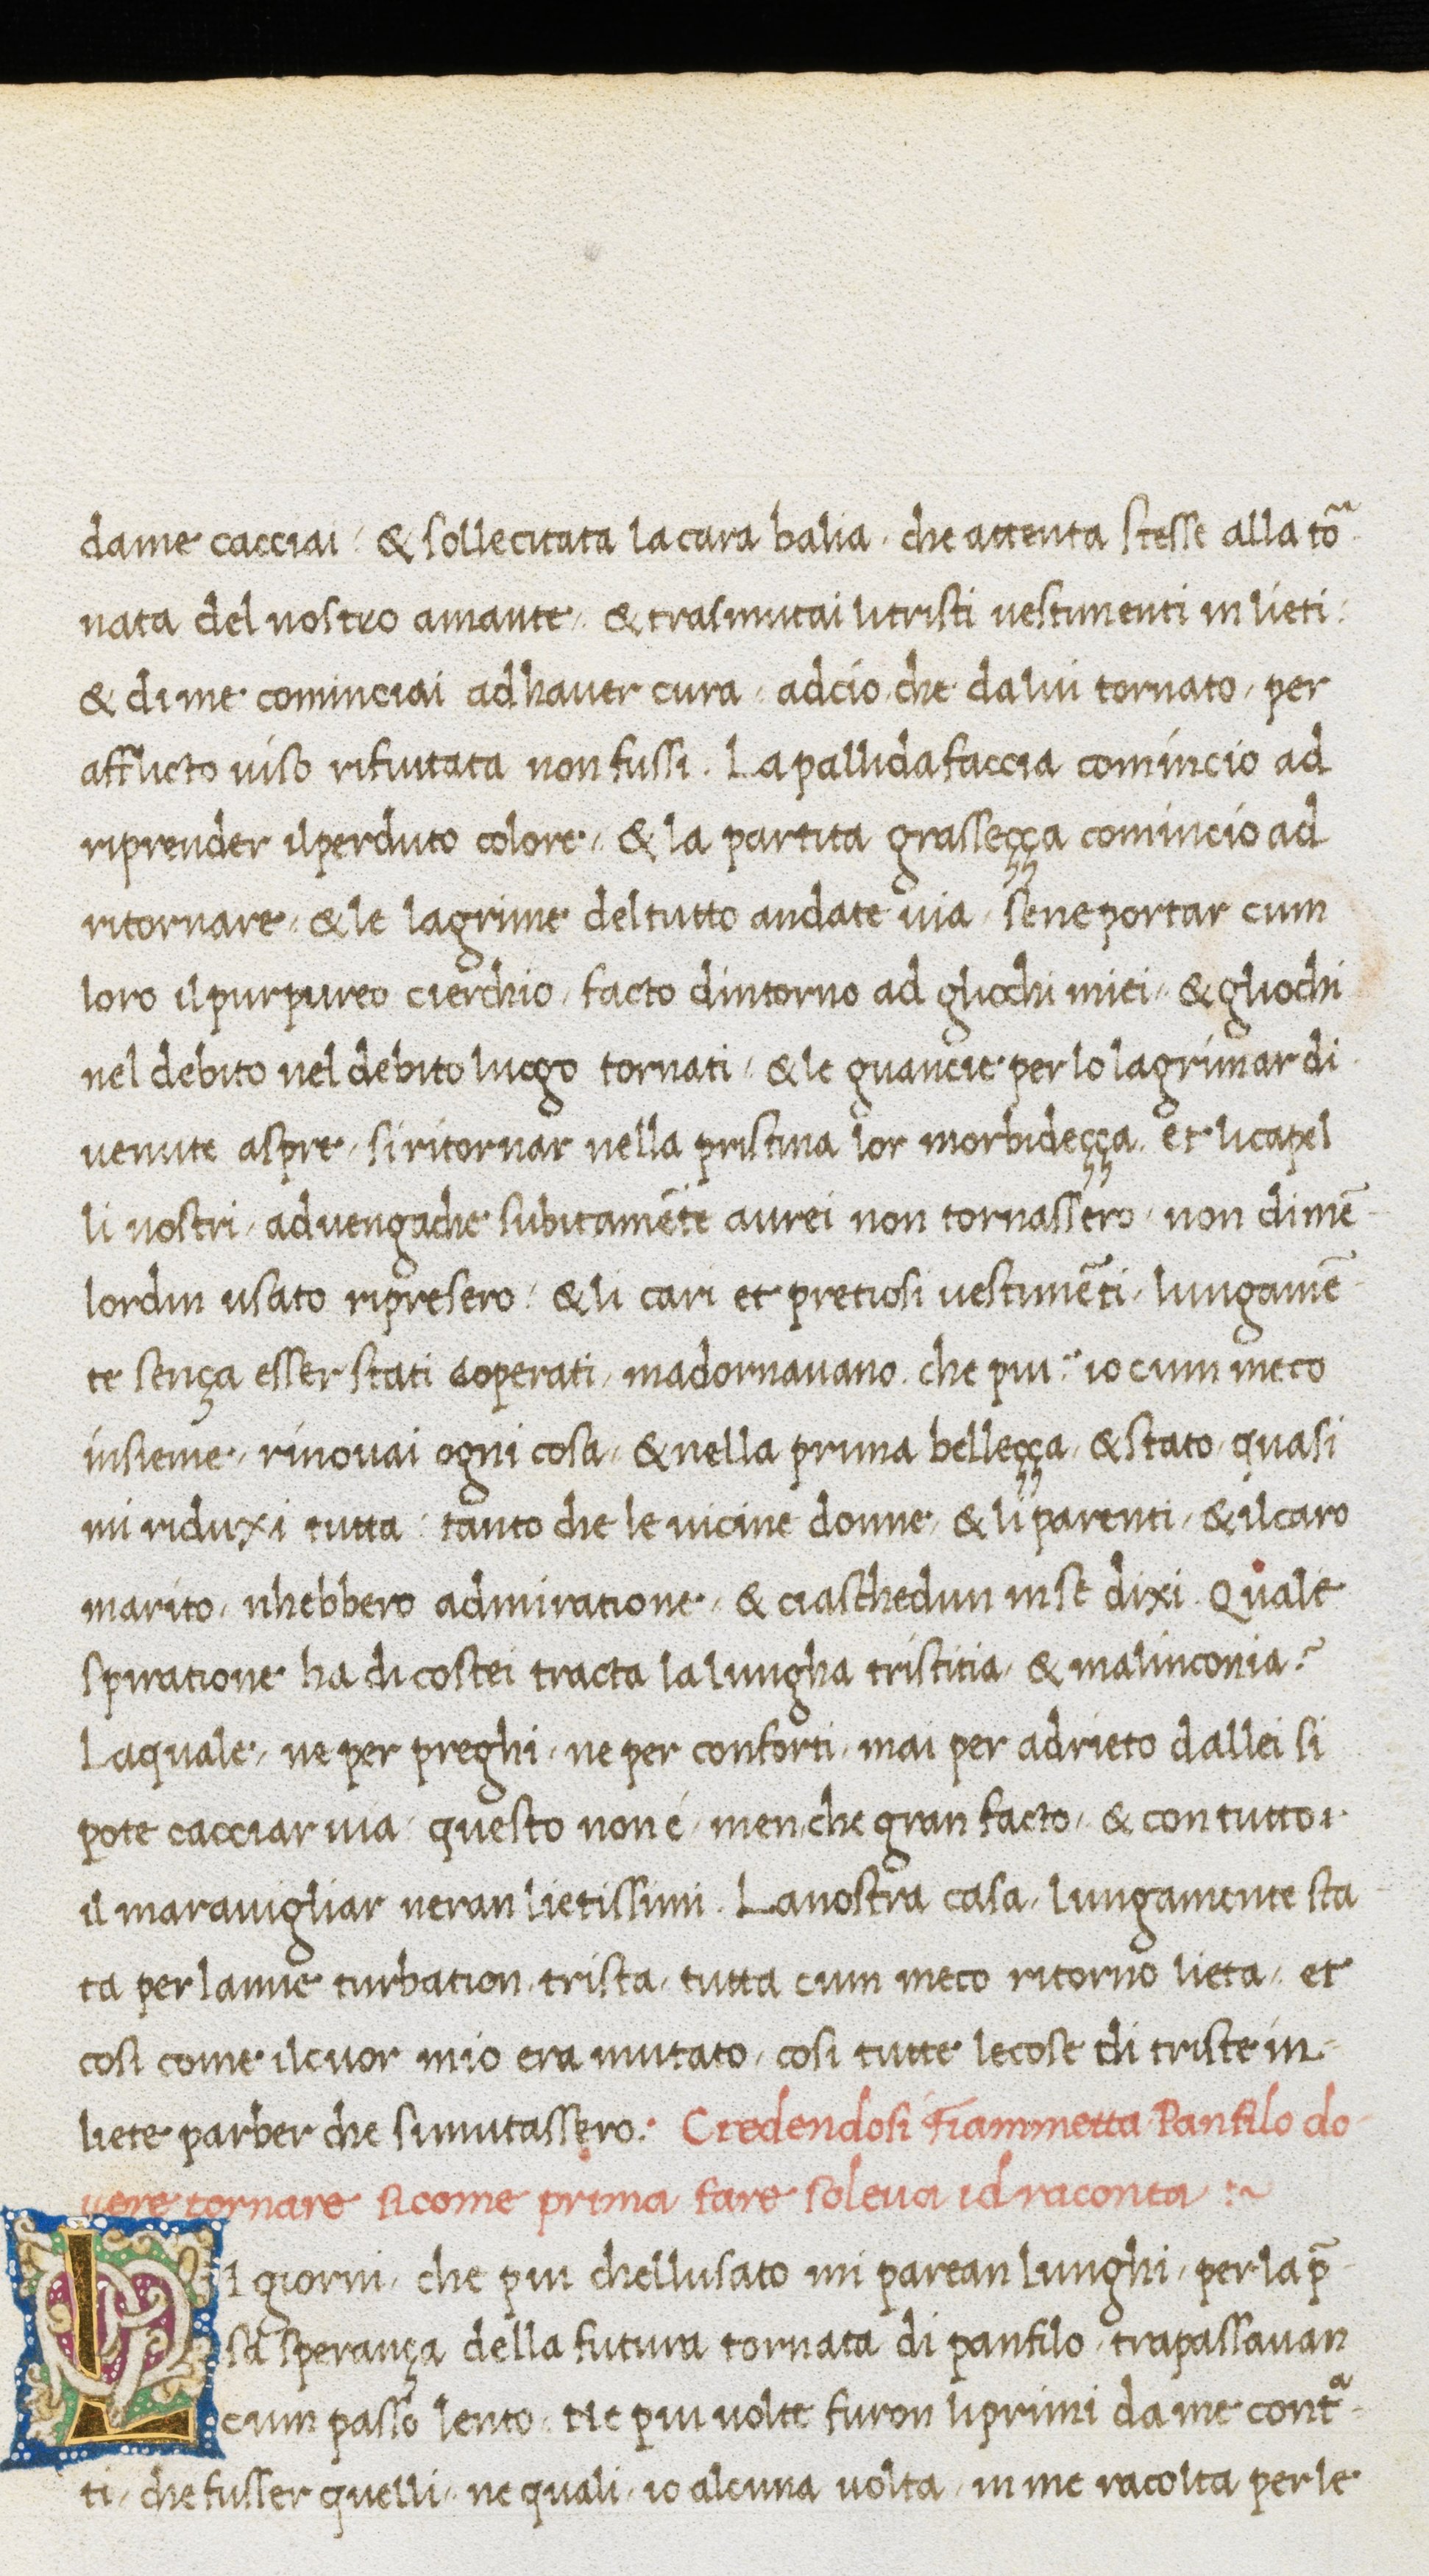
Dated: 1467–1467